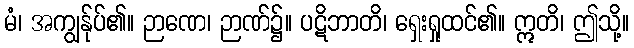
မံ၊ အကျွန်ုပ်၏။ ဉာဏေ၊ ဉာဏ်၌။ ပဋိဘာတိ၊ ရှေးရှုထင်၏။ ဣတိ၊ ဤသို့။